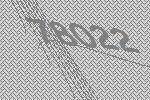
78022